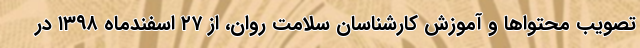
تصویب محتواها و آموزش کارشناسان سلامت روان، از ۲۷ اسفندماه ۱۳۹۸ در